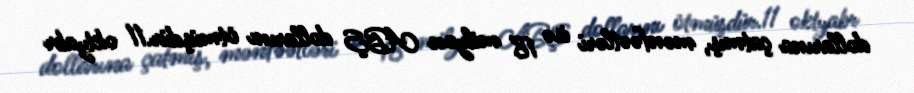
dollarına çatmış, mənfəətləri isə 18 milyon ABŞ dollarını ötmüşdür.11 oktyabr